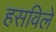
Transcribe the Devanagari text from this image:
हसविले